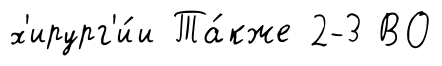
х'ирург'и́и Та́кже 2-3 ВО